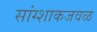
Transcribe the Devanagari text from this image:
सांग्शाकजवळ